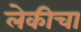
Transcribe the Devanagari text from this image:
लेकीचा